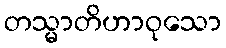
တသ္မာတိဟာဝုသော